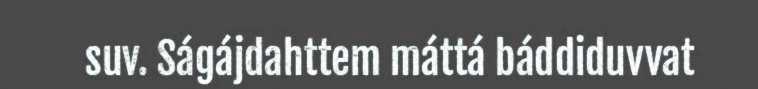
suv. Ságájdahttem máttá báddiduvvat